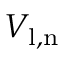
V _ { \mathrm { l , n } }